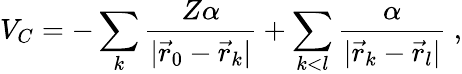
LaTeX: V_{C}=-\sum_{k}\frac{Z\alpha}{|\vec{r}_{0}-\vec{r}_{k}|}+\sum_{k<l}\frac{\alpha}{|\vec{r}_{k}-\vec{r}_{l}|}\ ,